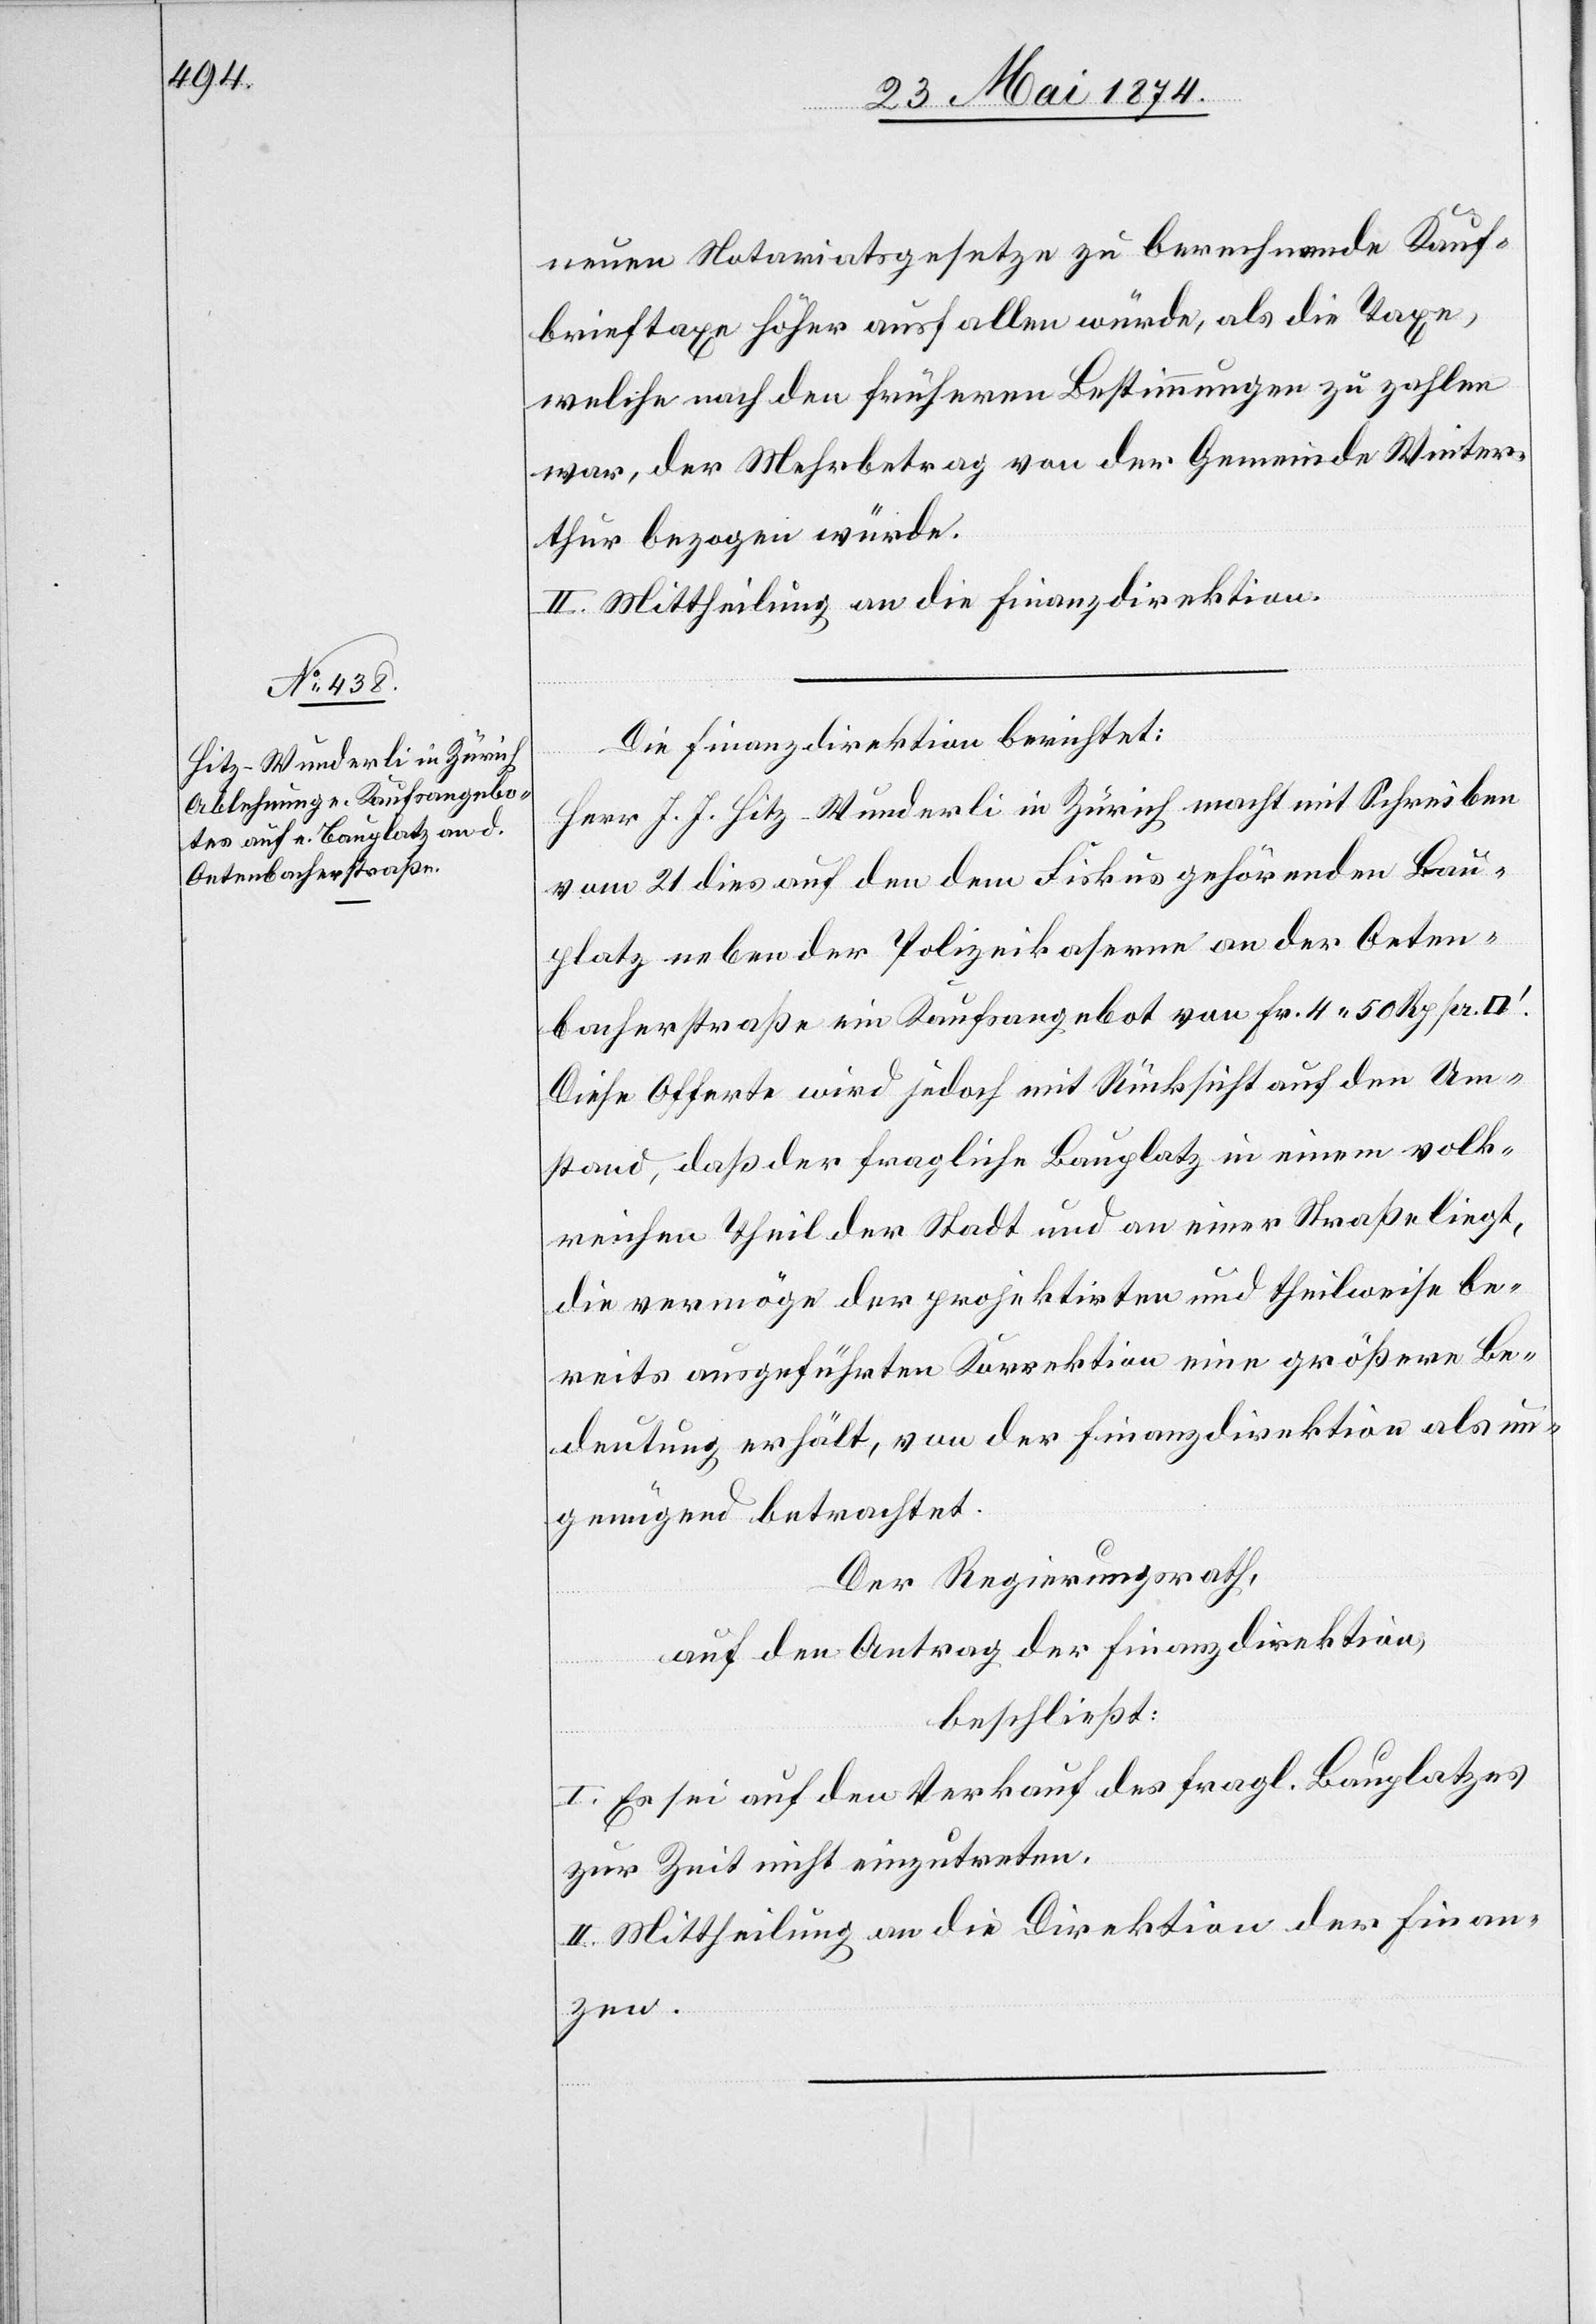
neuen Notariatsgesetze zu berechnende Kauf¬
brieftaxe höher ausfallen würde, als die Taxe,
welche nach den früheren Bestimmungen zu zahlen
war, der Mehrbetrag von der Gemeinde Winter¬
thur bezogen würde.
II. Mittheilung an die Finanzdirektion.
Die Finanzdirektion berichtet:
Herr J. J. Hitz-Wunderli in Zürich macht mit Schreiben
vom 21. dies auf den dem Fiskus gehörenden Bau¬
platz neben der Polizeikaserne an der Oeten¬
bacherstraße ein Kaufsangebot von Fr. 4.50 Rp. pr.
Diese Offerte wird jedoch mit Rücksicht auf den Um¬
stand, daß der fragliche Bauplatz in einem volk¬
reichen Theil der Stadt und an einer Straße liegt,
die vermöge der projektirten und theilweise be¬
reits ausgeführten Korrektion eine größere Be¬
deutung erhält, von der Finanzdirektion als un¬
genügend betrachtet.
Der Regierungsrath,
auf den Antrag der Finanzdirektion,
beschließt:
I. Es sei auf den Verkauf des fragl. Bauplatzes
zur Zeit nicht einzutreten.
II. Mittheilung an die Direktion der Finan¬
zen.